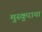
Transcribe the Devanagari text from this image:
मुस्कुराया